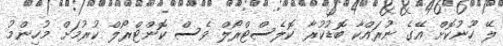
ލޭ ހޫނުކޮށް އޭގެ ނުރައްކާ ބޮޑުކުރާ ކޮލެސްޓްރޯލް ވެސް ކޮންޓްރޯލް ކުރުމަށް މުހިންމު